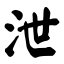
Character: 泄